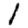
Digit: 1